Annual report on the health of the army in India
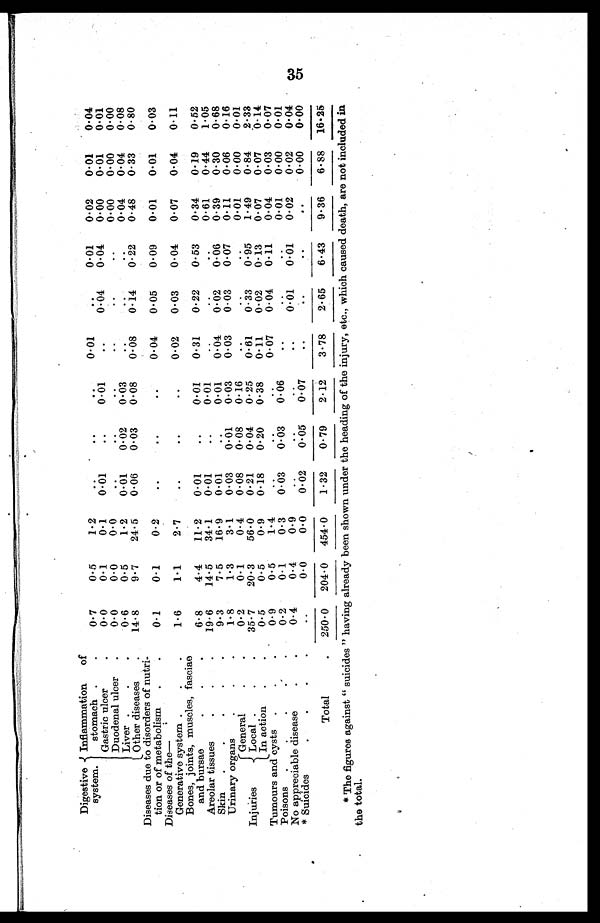
Digestive
system.
Inflammation of
stomach .
.
0.7
0.5
1.
.. ..
..
0.01
..
0.01
0.02
0.01
0.04
Gastric ulcer
.
0.0
0.1
0.1
0.01
..
0.01
..
0.04
0.04
0.00
0.01
0.01
Duodenal ulcer
.
0.0
0.0
0.0
..
..
..
..
..
..
0.00
0.00
0.00
Liver
.
.
0.6
0.5
1.2
0.01
0.02
0.03
..
..
..
0.04
0.04
0.08
Other diseases
.
14.8
9.7
24.5
0.06
0.03
0.08
0.08
0.14
0.22
0.48
0.33
0.80
Diseases due to disorders of nutri
¬tion or of metabolisrn
.
.
0.1
0.1
0.2
..
..
..
0.04
0.05
0.09
0.01
0.01
0.03
Diseases of the—
1 • 6
1 • 1
2.7
..
..
..
0.02
0.03
0.04
0.07
0.04
0.11
Generative system .
.
Bones, joints, muscles, fasciae
and bursae
.
.
.
6.8
4.4
11.2
0.01
..
0.01
0.31
0.22
0.53
0.34
0.19
0.52
Areolar tissues
.
.
.
19.6
14.5
34.1
0.01
0.01
..
..
..
0.61
0.44
1.05
Skin
.
.
.
.
.
9.3
7.5
16.9
0.01
..
0.01
0.04
0.02
0.06
0.39
0.30
0.68
Urinary organs
.
.
.
1.8
1 • 3
3.1
0.03
0.01
0.03
0.03
0.03
0.07
0.11
0.06
0.16
Injuries
General
.
.
0.2
0.1
0.4
0.08
0.08
0.16
..
..
..
0.01
0.00
0.01
Local .
.
.
35.7
20.3
56.0
0.21
0.04
0.25
0.61
0.33
0.95
1.49
0.84
2.33
In action
.
.
0.5
0.5
0.9
0.18
0.20
0.38
0.11
0.02
0.13
0.07
0.07
0.14
Tumours and cysts .
.
.
0.9
0 • 5
1.4
..
..
..
0.07
0.04
0.11
0.04
0.03
0.07
Poisons
.
.
.
.
.
0.2
0.1
0.3
0.03
0.03
0.06
..
..
..
0.01
0.00
0.01
No appreciable disease
.
.
0.4
0.4
0.9
..
..
..
..
0.01
0.01
0.02
0.02
0.04
*Suicides
.
.
.
.
..
0.0
0.0
0.02
0.05
0.07
..
..
..
..
0.00
0.00
Total
.
250 . 0
204.0
454.0
1.32
0.79
2.12
3.78
2.65
6.43
9.36
6.88
16.25
* The figures against " suicides " having already been shown under the heading of the injury, etc., which caused death, are not included in
the total.